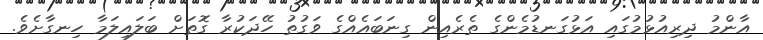
އާންމު ދިރިއުޅުމުގައި އަޅުގަނޑުމެންގެ ތެރެއިން ގިނަބައެއްގެ ވަގުތު ހޭދަކުރާ ގޮތަށް ބަލައިލަމާ ހިނގާށެވެ.